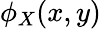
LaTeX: \phi_{X}(x,y)